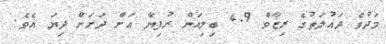
މަދުވެ ދައުލަތުގެ ރިޒާވް 4.9 ބިލިއަން ރުފިޔާ އަށް ދަށަށް ދިޔަ އެވެ.